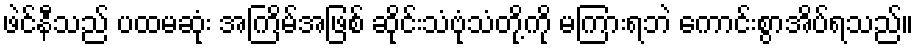
ဖဲင်နီသည် ပထမဆုံး အကြိမ်အဖြစ် ဆိုင်းသံဗုံသံတို့ကို မကြားရဘဲ ကောင်းစွာအိပ်ရသည်။